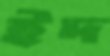
ইদ